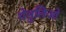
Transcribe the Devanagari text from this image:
गेतुलिओ